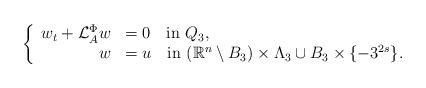
LaTeX: \begin{align*}\left\{\begin{array}{rlll} w_t + \mathcal{L}^{\Phi}_A w &=0 \quad\mbox{in }Q_3, \\ w&=u \quad\mbox{in }(\mathbb{R}^n\setminus B_3)\times \Lambda_3 \cup B_3\times\{-3^{2s}\}. \end{array} \right. \end{align*}